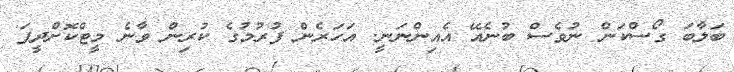
ބަލާބަ ގޯސްކަން ނުވެސް ބުނެއޭ އެއިންނަނީ. އަހަރެން ފުރުމުގެ ކުރިން ވާނެ މީޓްކޮށްދީފަ